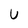
Character: U